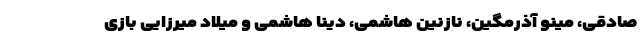
صادقی، مینو آذرمگین، نازنین هاشمی، دینا هاشمی و میلاد میرزایی بازی